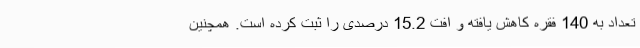
تعداد به 140 فقره کاهش یافته و افت 15.2 درصدی را ثبت کرده است. همچنین